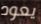
يعود